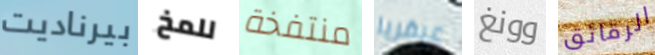
بيرناديت للمخ منتفخة عبقريا وونغ الرقائق